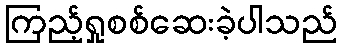
ကြည့်ရှုစစ်ဆေးခဲ့ပါသည်